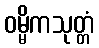
ဝမ္မိကသုတ္တံ